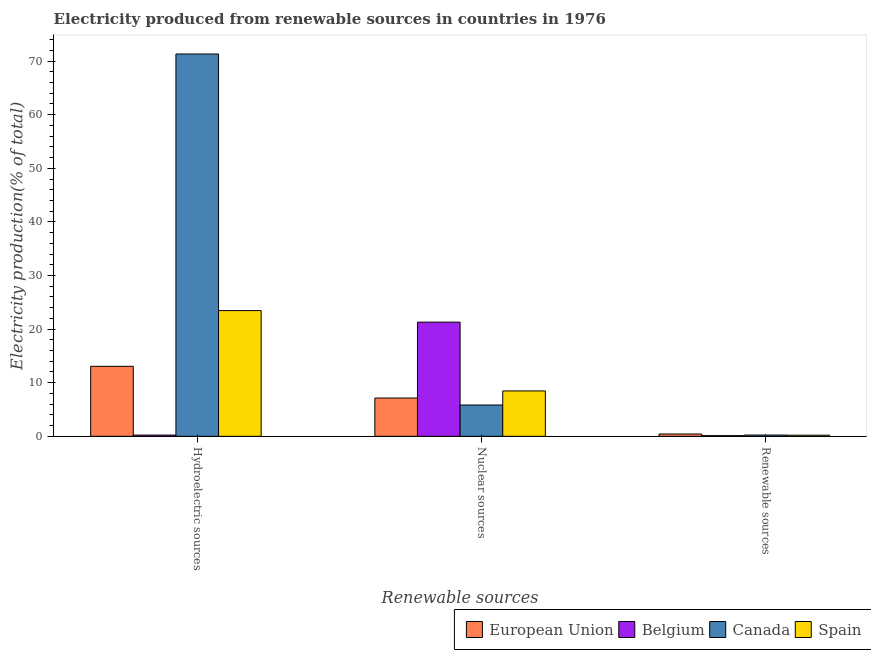
| Renewable sources | European Union | Belgium | Canada | Spain |
 | --- | --- | --- | --- | --- |
 | Hydroelectric sources | 13.1 | 0.231 | 71.3 | 23.5 |
 | Nuclear sources | 7.14 | 21.3 | 5.84 | 8.47 |
 | Renewable sources | 0.435 | 0.121 | 0.237 | 0.21 |